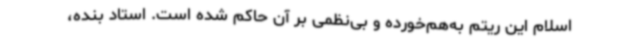
اسلام این ریتم به‌هم‌خورده و بی‌نظمی بر آن حاکم شده است. استاد بنده،